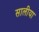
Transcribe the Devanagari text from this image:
सालीया